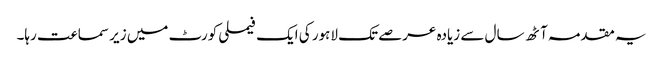
یہ مقدمہ آٹھ سال سے زیادہ عرصے تک لاہور کی ایک فیملی کورٹ میں زیر سماعت رہا۔